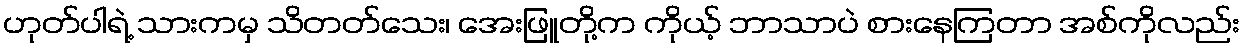
ဟုတ်ပါရဲ့ သားကမှ သိတတ်သေး၊ အေးဖြူတို့က ကိုယ့် ဘာသာပဲ စားနေကြတာ အစ်ကိုလည်း